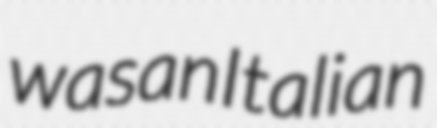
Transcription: was an Italian